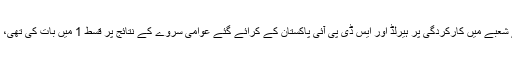
پاکستان تحریک انصاف کی صوبہ خیبر پختونخواہ میں حکومت کی صحت کے شعبے میں کارکردگی پر ہیرلڈ اور ایس ڈی پی آئی پاکستان کے کرائے گئے عوامی سروے کے نتائج پر قسط 1 میں بات کی تھی، اس سروے میں عوام نے صوبے کو صحت نے نظام میں نمبر ون قرار دیا تھا۔